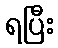
ရပြီး